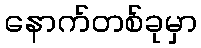
နောက်တစ်ခုမှာ